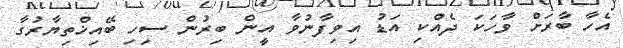
އެހާ ބާރަށް ވާހަކަ ދެއްކި އަޑު އިވިފާނުވާ އީން ބިރުން ސިހި ބޭއިޚްތިޔާރުގާ